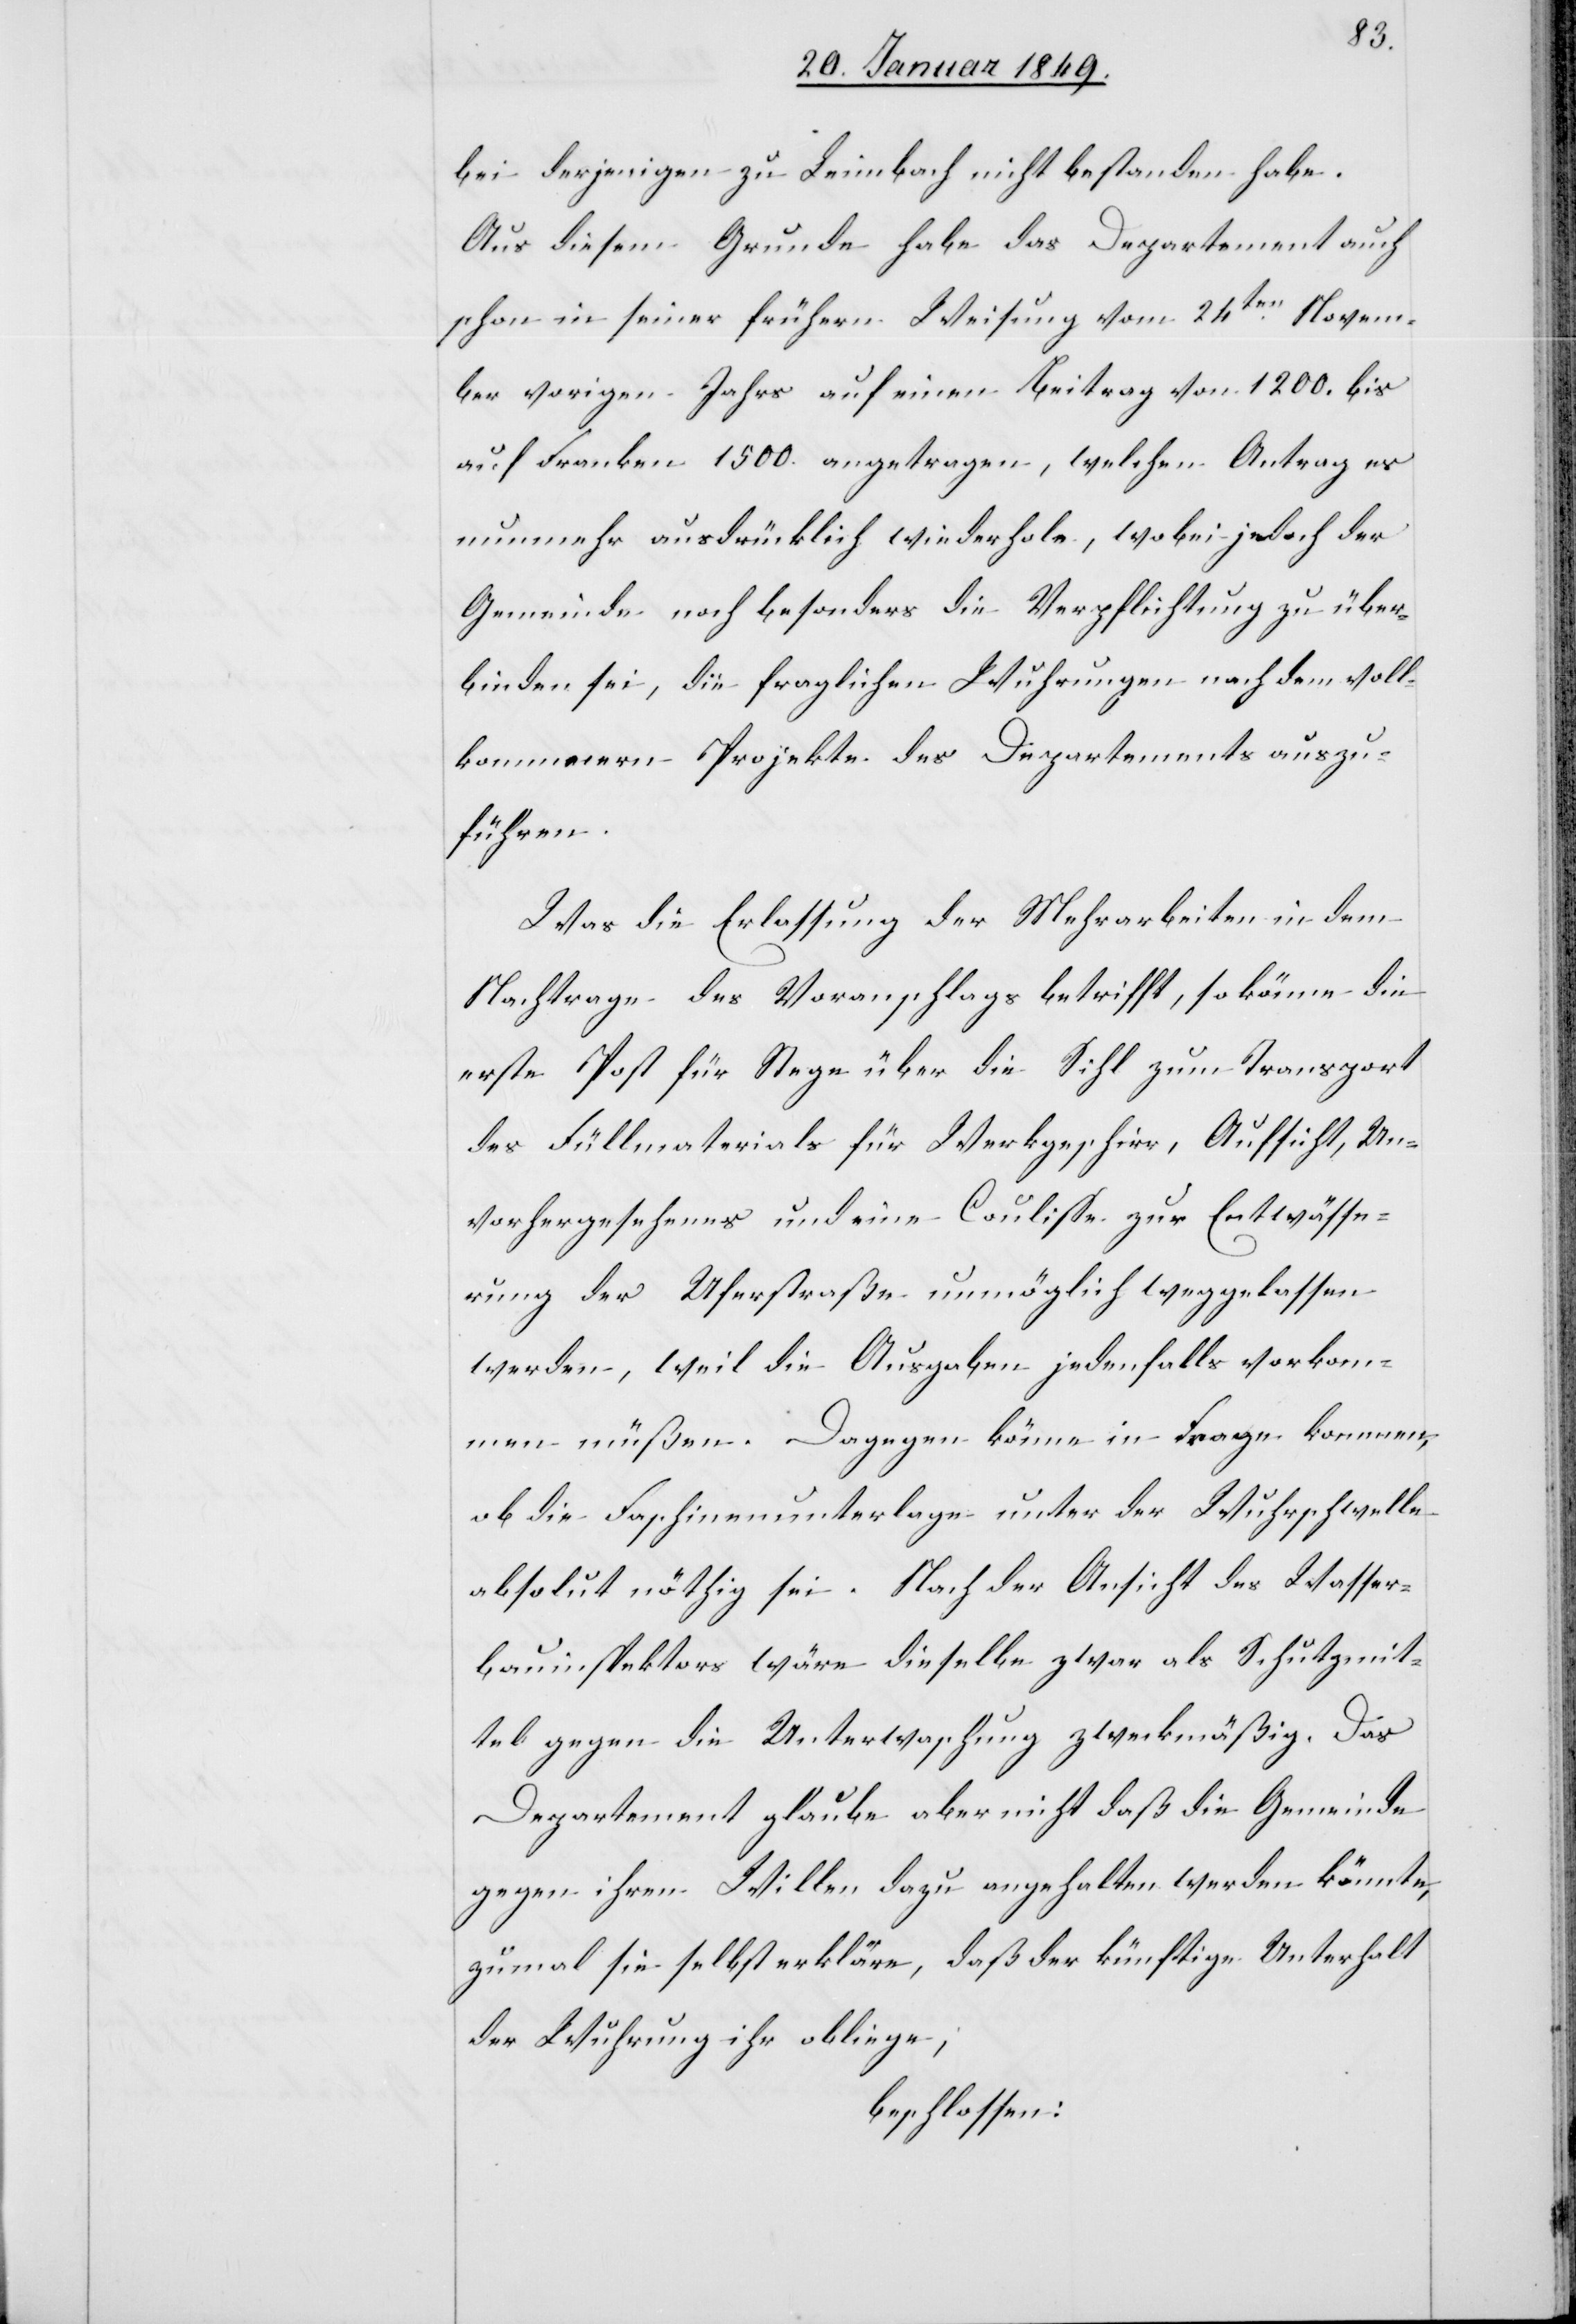
bei derjenigen zu Leimbach nicht bestanden habe.
Aus diesem Grunde habe das Departement auch
schon in seiner frühern Weisung vom 24ten. Novem¬
ber vorigen Jahrs auf einen Beitrag von 1200. bis
auf Franken 1500. angetragen, welchen Antrag es
nunmehr ausdrücklich wiederhole, wobei jedoch der
Gemeinde noch besonders die Verpflichtung zu über¬
binden sei, die fraglichen Wuhrungen nach dem voll¬
kommnern Projekte des Departements auszu¬
führen.
Was die Erlassung der Mehrarbeiten in dem
Nachtrage des Voranschlags betrifft, so könne die
erste Post für Stege über die Sihl zum Transport
des Füllmaterials für Werkgeschirr, Aufsicht, Un¬
vorhergesehenes und eine Coulisse zur Entwässe¬
rung der Uferstraße unmöglich weggelassen
werden, weil die Ausgaben jedenfalls vorkom¬
men müßen. Dagegen könne in Frage kommen,
ob die Faschinenunterlage unter der Wuhrschwelle
absolut nöthig sei. Nach der Ansicht des Wasser¬
bauinspektors wäre dieselbe zwar als Schutzmit¬
tel gegen die Unterwaschung zweckmäßig. Das
Departement glaube aber nicht daß die Gemeinde
gegen ihren Willen dazu angehalten werden könnte,
zumal sie selbst erkläre, daß der künftige Unterhalt
der Wuhrung ihr obliege;
beschlossen: